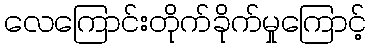
လေကြောင်းတိုက်ခိုက်မှုကြောင့်